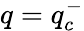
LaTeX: q=q_{c}^{-}